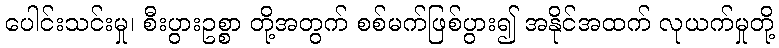
ပေါင်းသင်းမှု၊ စီးပွားဥစ္စာ တို့အတွက် စစ်မက်ဖြစ်ပွား၍ အနိုင်အထက် လုယက်မှုတို့